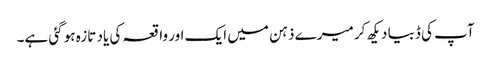
آپ کی ڈبیا دیکھ کر میرے ذہن میں ایک اور واقعہ کی یاد تازہ ہو گئی ہے۔